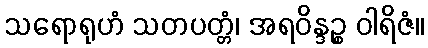
သရောရုဟံ သတပတ္တံ၊ အရဝိန္ဒဉ္စ ဝါရိဇံ။